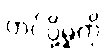
တင်ပို့မှုကို